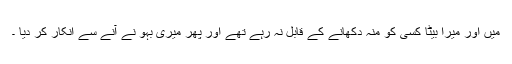
میں اور میرا بیٹا کسی کو منہ دکھانے کے قابل نہ رہے تھے اور پھر میری بہو نے آنے سے انکار کر دیا ۔